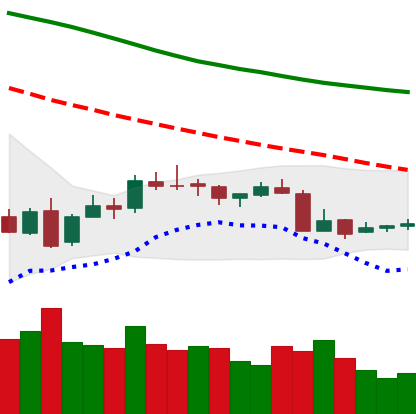
Ticker: XMR-USD
Chart end date: 2018-07-15
Forward return: 5.012%
Label: up_5_7